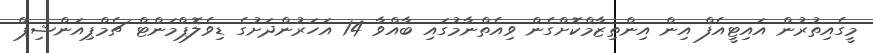
މީގެއިތުރުން އައިޓީއެފް އިން އިންތިޒާމްކޮށްގެން ވިއެތްނާމުގައި ބާއްވާ 14 އަހަރުންދަށުގެ ޑިވެލޮޕްމަންޓް ޗެމްޕިއަންޝިޕް